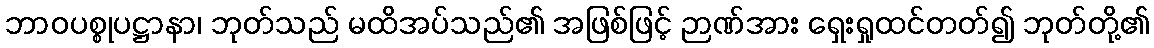
ဘာဝပစ္စုပဋ္ဌာနာ၊ ဘုတ်သည် မထိအပ်သည်၏ အဖြစ်ဖြင့် ဉာဏ်အား ရှေးရှုထင်တတ်၍ ဘုတ်တို့၏